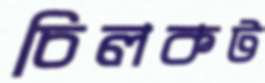
চিলকট